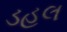
ડહલ